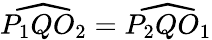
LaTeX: {\widehat{P_{1}QO_{2}}}={\widehat{P_{2}QO_{1}}}